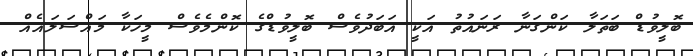
ބޮލީވުޑް ބަތަލާ ކަންގަނާ ރަނައުތު އަކީ އަބަދުވެސް ބޮލީވުޑްގެ ކޮންމެވެސް މީހަކާ މައްސަލައެއް